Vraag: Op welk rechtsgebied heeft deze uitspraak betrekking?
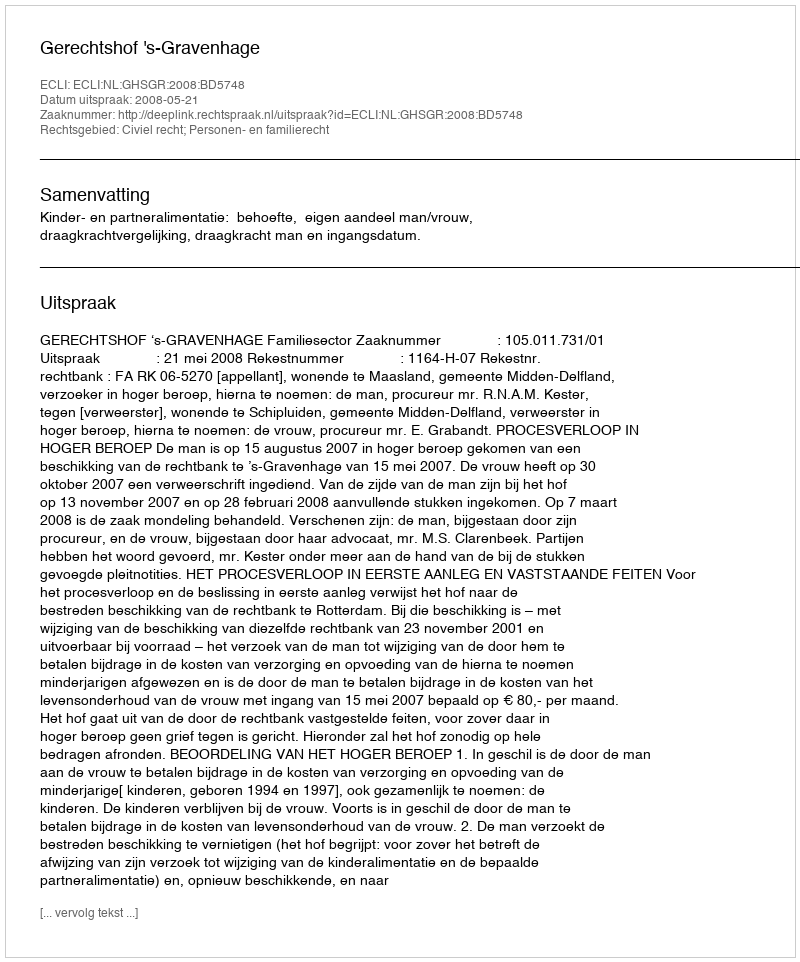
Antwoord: Civiel recht; Personen- en familierecht